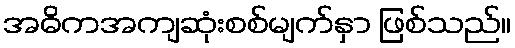
အဓိကအကျဆုံးစစ်မျက်နှာ ဖြစ်သည်။